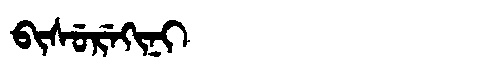
Manchu: ᠪᡳᠰᡠᡵᡝᡴᡳᠨᡳ
Romanization: BISUREKINI